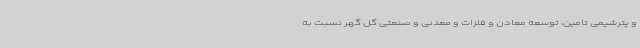
و پترشیمی تامین، توسعه معادن و فلزات و معدنی و صنعتی گل گهر نسبت به